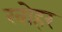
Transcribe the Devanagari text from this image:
खोहर